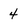
Character: 4